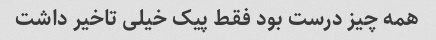
همه چیز درست بود فقط پیک خیلی تاخیر داشت